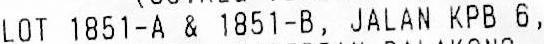
LOT 1851-A & 1851-B, JALAN KPB 6,